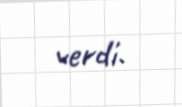
verdi.